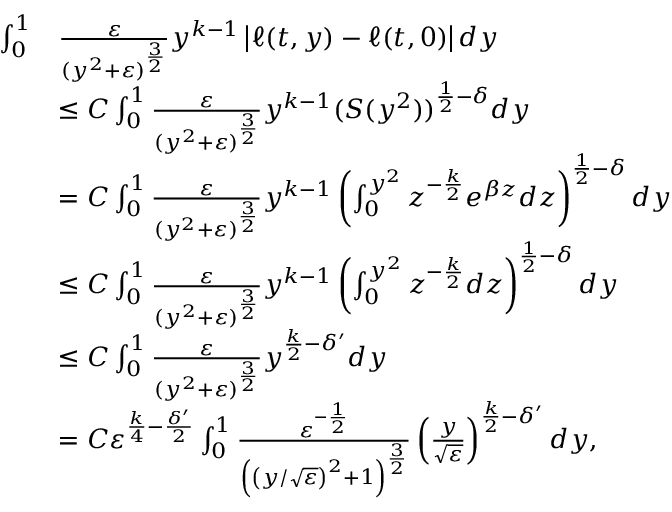
\begin{array} { r l } { \int _ { 0 } ^ { 1 } } & { \frac { \varepsilon } { ( y ^ { 2 } + \varepsilon ) ^ { \frac { 3 } { 2 } } } y ^ { k - 1 } \left| \ell ( t , y ) - \ell ( t , 0 ) \right| d y } \\ & { \le C \int _ { 0 } ^ { 1 } \frac { \varepsilon } { ( y ^ { 2 } + \varepsilon ) ^ { \frac { 3 } { 2 } } } y ^ { k - 1 } ( S ( y ^ { 2 } ) ) ^ { \frac { 1 } { 2 } - \delta } d y } \\ & { = C \int _ { 0 } ^ { 1 } \frac { \varepsilon } { ( y ^ { 2 } + \varepsilon ) ^ { \frac { 3 } { 2 } } } y ^ { k - 1 } \left( \int _ { 0 } ^ { y ^ { 2 } } z ^ { - \frac { k } { 2 } } e ^ { \beta z } d z \right) ^ { \frac { 1 } { 2 } - \delta } d y } \\ & { \le C \int _ { 0 } ^ { 1 } \frac { \varepsilon } { ( y ^ { 2 } + \varepsilon ) ^ { \frac { 3 } { 2 } } } y ^ { k - 1 } \left( \int _ { 0 } ^ { y ^ { 2 } } z ^ { - \frac { k } { 2 } } d z \right) ^ { \frac { 1 } { 2 } - \delta } d y } \\ & { \le C \int _ { 0 } ^ { 1 } \frac { \varepsilon } { ( y ^ { 2 } + \varepsilon ) ^ { \frac { 3 } { 2 } } } y ^ { \frac { k } { 2 } - \delta ^ { \prime } } d y } \\ & { = C \varepsilon ^ { \frac { k } { 4 } - \frac { \delta ^ { \prime } } { 2 } } \int _ { 0 } ^ { 1 } \frac { \varepsilon ^ { - \frac { 1 } { 2 } } } { \left( \left( { y } / { \sqrt { \varepsilon } } \right) ^ { 2 } + 1 \right) ^ { \frac { 3 } { 2 } } } \left( \frac { y } { \sqrt { \varepsilon } } \right) ^ { \frac { k } { 2 } - \delta ^ { \prime } } d y , } \end{array}